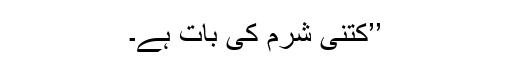
’’کتنی شرم کی بات ہے۔